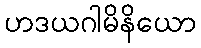
ဟဒယဂါမိနိယော